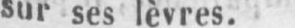
sur ses lèvres.